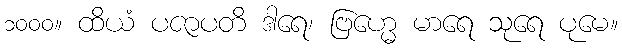
၁၀၀၀။ ထိယံ ပဇာပတိ ဒါရေ၊ ဗြဟ္မေ မာရေ သုရေ ပုမေ။